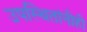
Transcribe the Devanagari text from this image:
उपस्थितांनीही